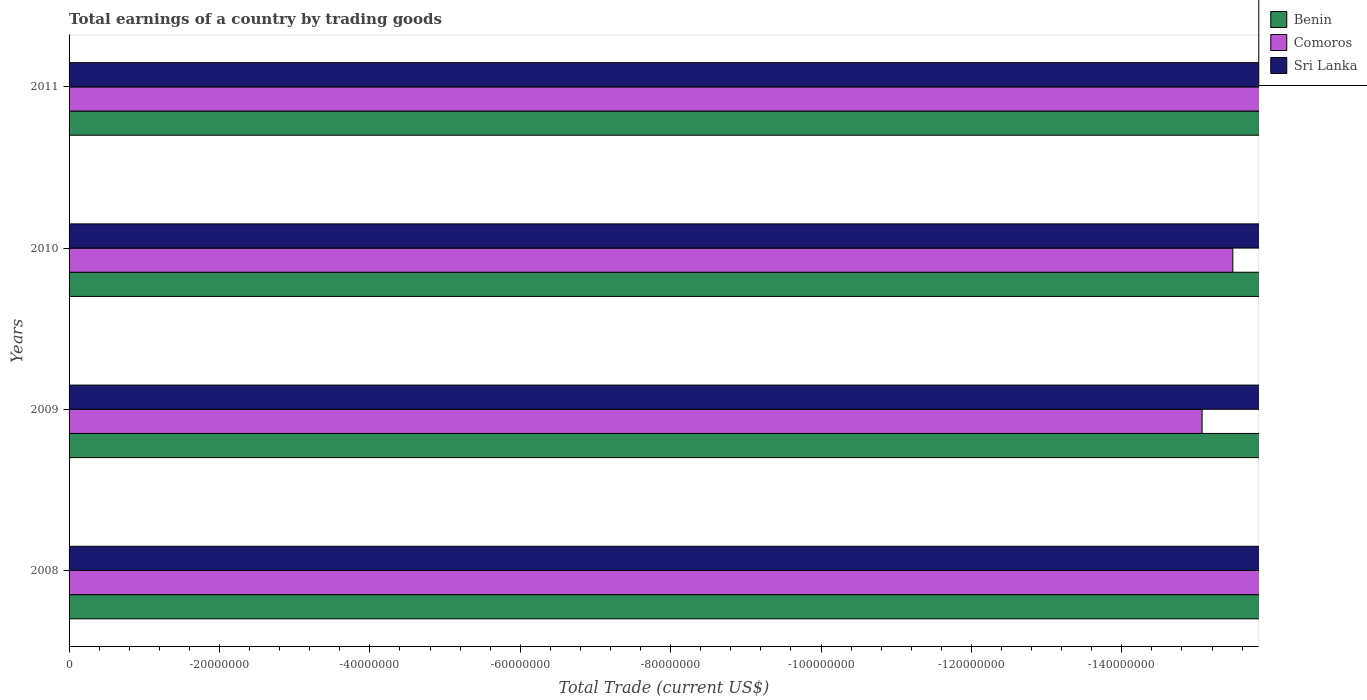
| Years | Benin | Comoros | Sri Lanka |
 | --- | --- | --- | --- |
 | 2008 | -6.08e+08 | -1.66e+08 | -4.57e+09 |
 | 2009 | -5.13e+08 | -1.51e+08 | -2.1e+09 |
 | 2010 | -4.94e+08 | -1.55e+08 | -3.48e+09 |
 | 2011 | -5.5e+08 | -1.74e+08 | -7.68e+09 |